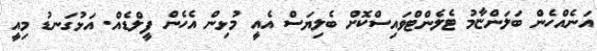
އަނެއްހެން ބަލަންޏާމު ޓެލެންޓްވައިސްކޮށް ބެލިޔަސް އެއީ މުޅިން އެހެން ފީލްޑެއް. އަޅުގަނޑު މިއީ